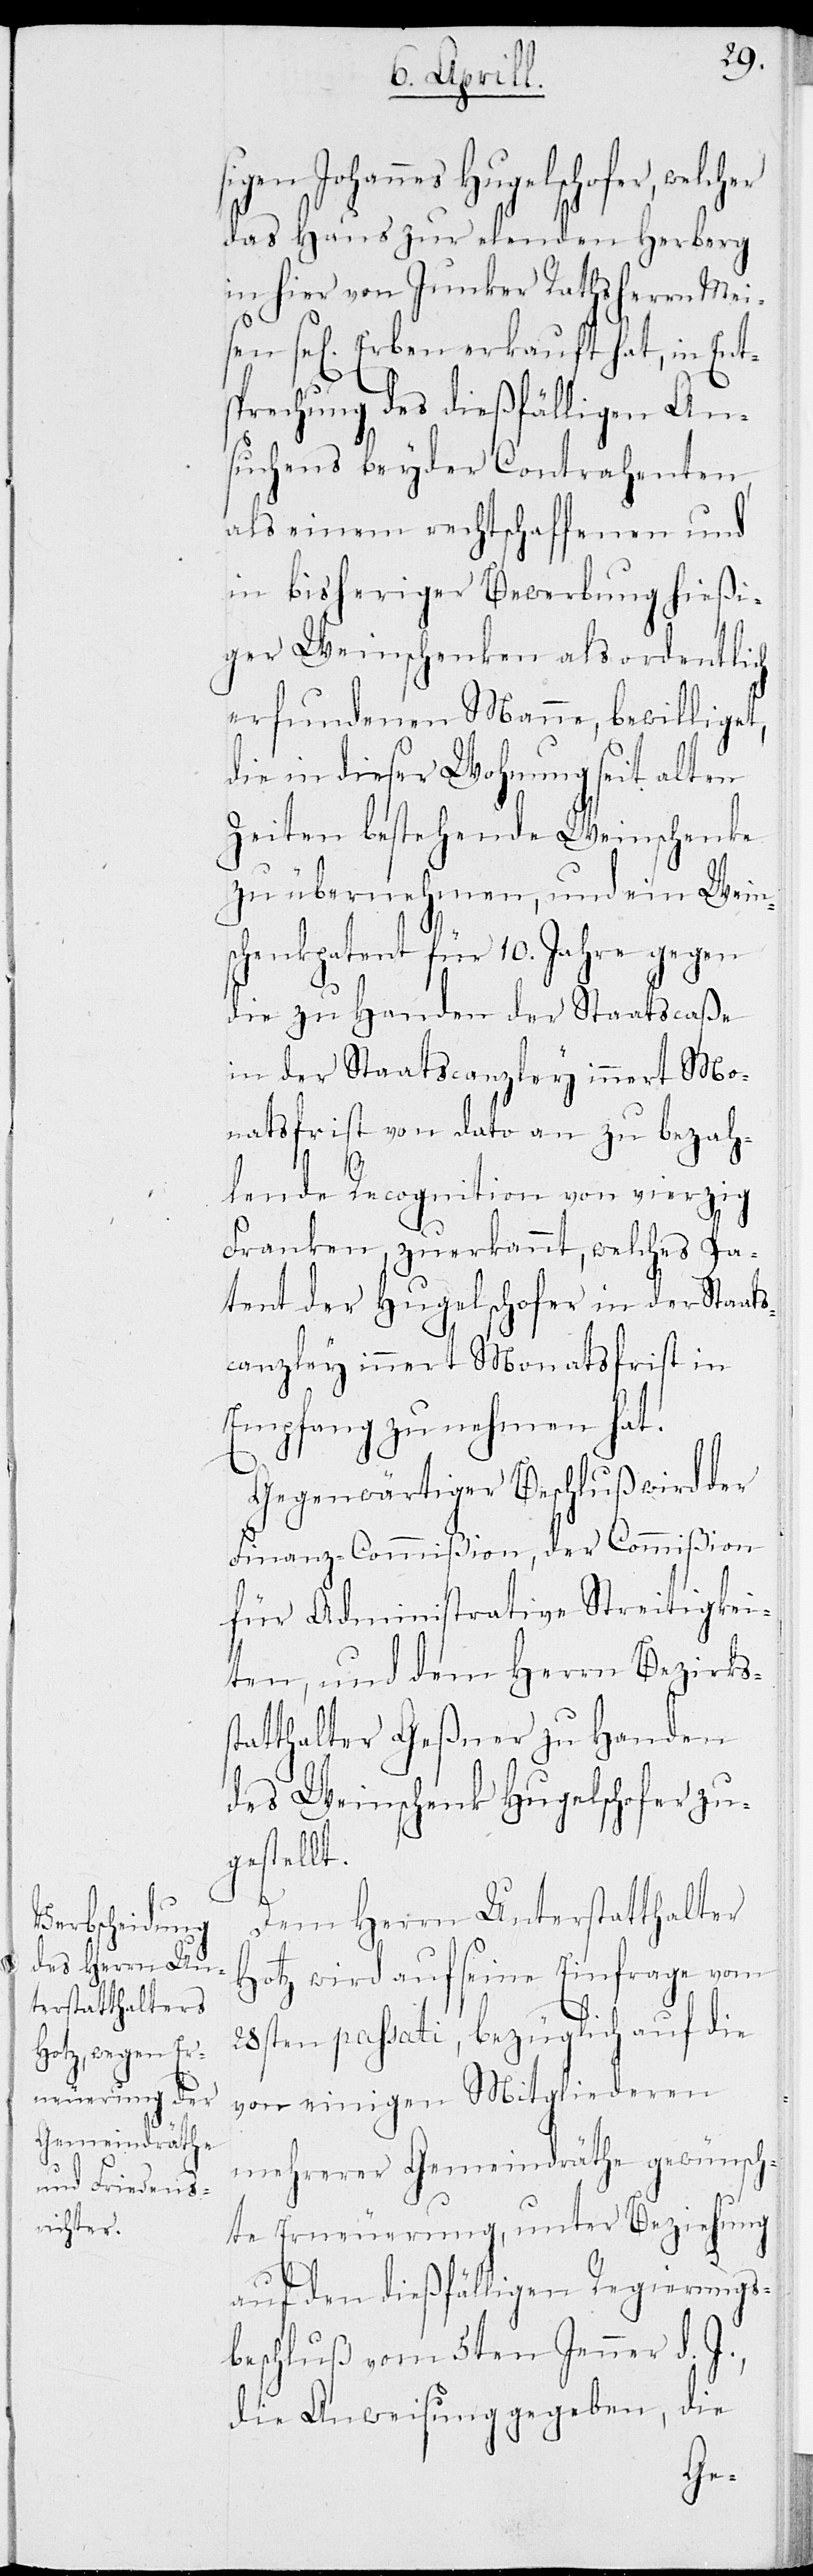
igen Johannes Hugelschofer, welc¬
das Haus zur elenden Herberg
in hier von Junker Rathsherrn Mei¬
sen sel. Erben erkauft hat, in Ent¬
sprechung des dießfälligen An¬
suchens beyder Contrahenten
als einem rechtschaffenen und
in bisheriger Bewerbung hießi¬
ger Weinschenken als ordentlich
erfundenen Mann, bewilliget,
die in dieser Wohnung seit alten
Zeiten bestehende Weinschenke
zu übernehmen, und ein Wein¬
schenkpatent für 10. Jahre gegen
die zu Handen der Staatscaße
in der Staatscanzley innert Mo¬
natsfrist von dato an zu bezah¬
lenden Recognition von vierzig
Franken, zuerkannt, welches Pa¬
tent der Hugelschofer in der Staats¬
canzley innert Monatsfrist in
Empfang zu nehmen hat.
Gegenwärtiger Beschluß wird der
Finanz-Commißion, der Commißion
für Administrative Streitigkei¬
ten, und dem Herrn Bezirks¬
tatthalter Geßner zu Handen
des Weinschenk Hugelschofer zu¬
gestellt.
Dem Herrn Unterstatthalter
Hotz wird auf seine Einfrage vom
28sten passati, bezüglich auf die
von einigen Mitgliederen
mehrerer Gemeindräthe gewünsch¬
te Erneuerung, unter Beziehung
auf den dießfälligen Regierungs¬
beschluß vom 5ten Jenner d. J.,
die Anweisung gegeben, die
s¬